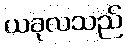
ယခုလသည်